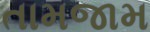
તામજામ